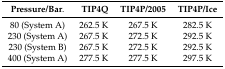
<table><thead><tr><td><b>Pressure/Bar.</b></td><td><b>TIP4Q</b></td><td><b>TIP4P/2005</b></td><td><b>TIP4P/Ice</b></td></tr></thead><tbody><tr><td>80 (System A)</td><td>262.5 K</td><td>267.5 K</td><td>282.5 K</td></tr><tr><td>230 (System A)</td><td>267.5 K</td><td>272.5 K</td><td>292.5 K</td></tr><tr><td>230 (System B)</td><td>267.5 K</td><td>272.5 K</td><td>292.5 K</td></tr><tr><td>400 (System A)</td><td>277.5 K</td><td>277.5 K</td><td>297.5 K</td></tr></tbody></table>